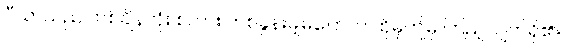
ပီယာသည် တစ်ချိန်လုံး စကား တစ်ခွန်းမျှမပြောဘဲ ထိုမှဤမှ ကြည့်လျက်ရှိ၏။